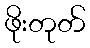
ဖိုးတုတ်